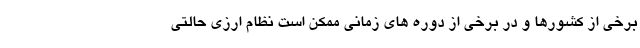
برخی از کشورها و در برخی از دوره های زمانی ممکن است نظام ارزی حالتی